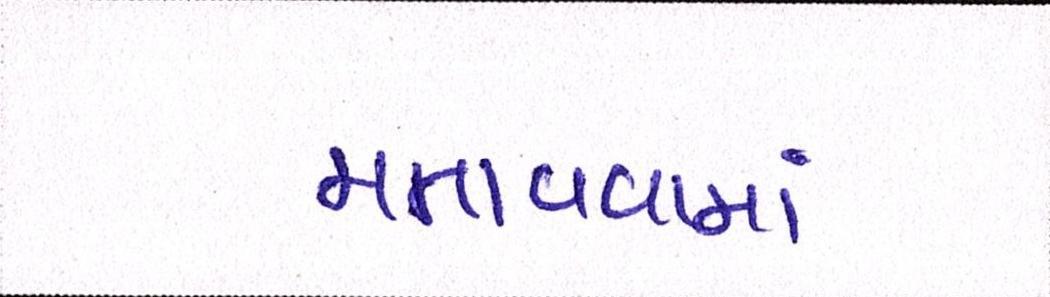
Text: મનાવવામાં